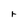
Character: r